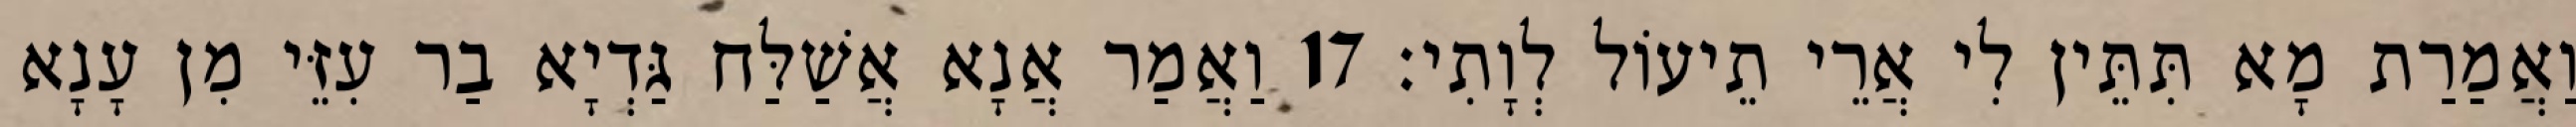
וַאֲמַרַת מָא תִּתֵּין לִי אֲרֵי תֵיעוֹל לְוָתִי׃ 17 וַאֲמַר אֲנָא אֲשַׁלַּח גַּדְיָא בַר עִזֵּי מִן עָנָא